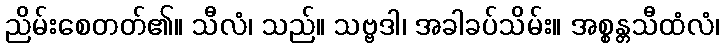
ညိမ်းစေတတ်၏။ သီလံ၊ သည်။ သဗ္ဗဒါ၊ အခါခပ်သိမ်း။ အစ္စန္တသီထံလံ၊